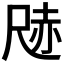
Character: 𭕢